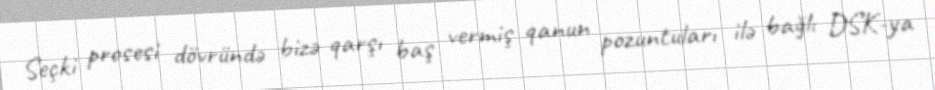
Seçki prosesi dövründə bizə qarşı baş vermiş qanun pozuntuları ilə bağlı DSK-ya